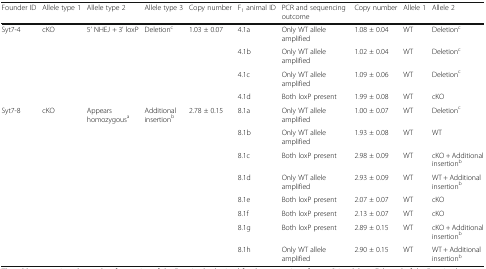
<table><thead><tr><td><b>Founder ID</b></td><td><b>Allele type 1</b></td><td><b>Allele type 2</b></td><td><b>Allele type 3</b></td><td><b>Copy number</b></td><td><b>F<sub>1</sub> animal ID</b></td><td><b>PCR and sequencing outcome</b></td><td><b>Copy number</b></td><td><b>Allele 1</b></td><td><b>Allele 2</b></td></tr></thead><tbody><tr><td rowspan="4">Syt7-4</td><td rowspan="4">cKO</td><td rowspan="4">5’ NHEJ + 3’ loxP</td><td rowspan="4">Deletion<sup>c</sup></td><td rowspan="3">1.03 ± 0.07</td><td>4.1a</td><td>Only WT allele amplified</td><td>1.08 ± 0.04</td><td>WT</td><td>Deletion<sup>c</sup></td></tr><tr><td>4.1b</td><td>Only WT allele amplified</td><td>1.02 ± 0.04</td><td>WT</td><td>Deletion<sup>c</sup></td></tr><tr><td>4.1c</td><td>Only WT allele amplified</td><td>1.09 ± 0.06</td><td>WT</td><td>Deletion<sup>c</sup></td></tr><tr><td></td><td>4.1d</td><td>Both loxP present</td><td>1.99 ± 0.08</td><td>WT</td><td>cKO</td></tr><tr><td rowspan="8">Syt7-8</td><td rowspan="8">cKO</td><td rowspan="8">Appears homozygous<sup>a</sup></td><td rowspan="8">Additional insertion<sup>b</sup></td><td rowspan="8">2.78 ± 0.15</td><td>8.1a</td><td>Only WT allele amplified</td><td>1.00 ± 0.07</td><td>WT</td><td>Deletion<sup>c</sup></td></tr><tr><td>8.1b</td><td>Only WT allele amplified</td><td>1.93 ± 0.08</td><td>WT</td><td>WT</td></tr><tr><td>8.1c</td><td>Both loxP present</td><td>2.98 ± 0.09</td><td>WT</td><td>cKO + Additional insertion<sup>b</sup></td></tr><tr><td>8.1d</td><td>Only WT allele amplified</td><td>2.93 ± 0.09</td><td>WT</td><td>WT + Additional insertion<sup>b</sup></td></tr><tr><td>8.1e</td><td>Both loxP present</td><td>2.07 ± 0.07</td><td>WT</td><td>cKO</td></tr><tr><td>8.1f</td><td>Both loxP present</td><td>2.13 ± 0.07</td><td>WT</td><td>cKO</td></tr><tr><td>8.1g</td><td>Both loxP present</td><td>2.89 ± 0.15</td><td>WT</td><td>cKO + Additional insertion<sup>b</sup></td></tr><tr><td>8.1h</td><td>Only WT allele amplified</td><td>2.90 ± 0.15</td><td>WT</td><td>WT + Additional insertion<sup>b</sup></td></tr></tbody></table>